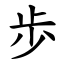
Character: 歩